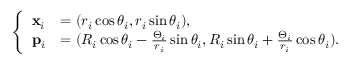
\begin{array} { r } { \left\{ \begin{array} { l l } { \mathbf { x } _ { i } } & { = ( r _ { i } \cos \theta _ { i } , r _ { i } \sin \theta _ { i } ) , } \\ { \mathbf { p } _ { i } } & { = ( R _ { i } \cos \theta _ { i } - \frac { \Theta _ { i } } { r _ { i } } \sin \theta _ { i } , R _ { i } \sin \theta _ { i } + \frac { \Theta _ { i } } { r _ { i } } \cos \theta _ { i } ) . } \end{array} \right. } \end{array}